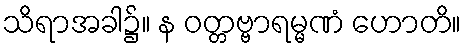
သိရာအခါ၌။ န ဝတ္တဗ္ဗာရမ္မဏံ ဟောတိ။